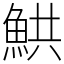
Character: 䱋